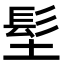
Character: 𩫽